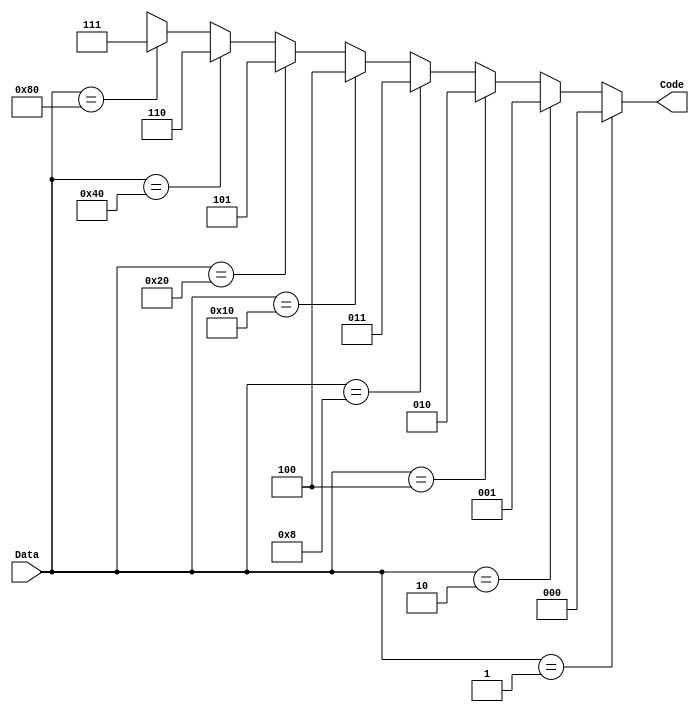
module encoder (Code, Data);
  output 		[2: 0] Code;
  input 		[7: 0] Data;
  reg 		[2: 0] Code;

  always @  (Data)
    begin
      if (Data == 8'b00000001) Code = 0; else
      if (Data == 8'b00000010) Code = 1; else
      if (Data == 8'b00000100) Code = 2; else
      if (Data == 8'b00001000) Code = 3; else
      if (Data == 8'b00010000) Code = 4; else
      if (Data == 8'b00100000) Code = 5; else
      if (Data == 8'b01000000) Code = 6; else
      if (Data == 8'b10000000) Code = 7; else Code = 3'bx;
    end

/* Alternative description is given below

always @  (Data)
  case (Data)
       8'b00000001 	: Code = 0;  
       8'b00000010 	: Code = 1;  
       8'b00000100 	: Code = 2;  
       8'b00001000 	: Code = 3;  
       8'b00010000 	: Code = 4;  
       8'b00100000 	: Code = 5;  
       8'b01000000 	: Code = 6;  
       8'b10000000 	: Code = 7;  
       default          : Code = 3'bx;
  endcase
*/
endmodule